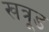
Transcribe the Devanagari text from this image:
खत्रूड